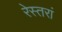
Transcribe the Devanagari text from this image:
रेस्‍तरां